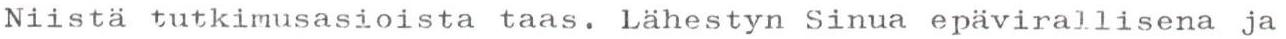
Niistä tutkimusasioista taas. Lähestyn Sinua epävirallisena ja